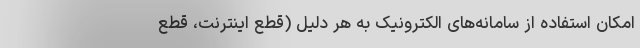
امکان استفاده از سامانه‌های الکترونیک به هر دلیل (قطع اینترنت، قطع